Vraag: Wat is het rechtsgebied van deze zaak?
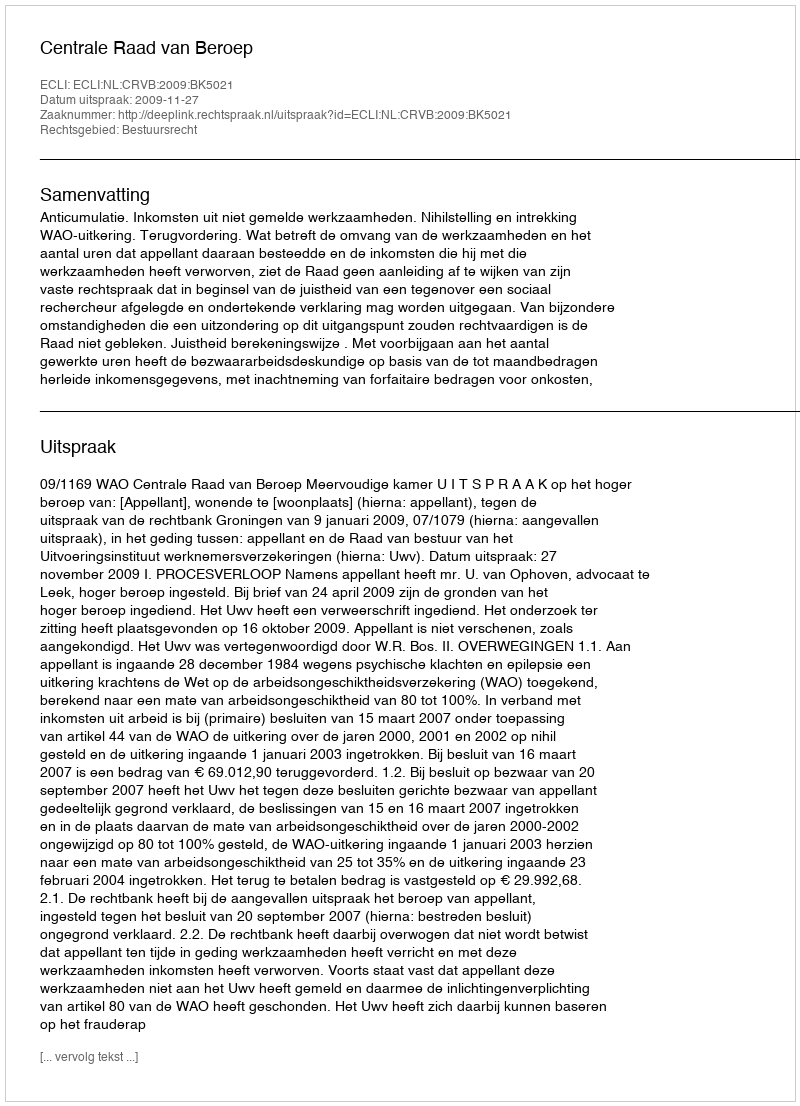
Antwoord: Bestuursrecht